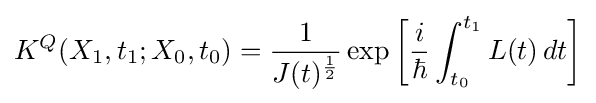
K^{Q}(X_{1},t_{1};X_{0},t_{0})={\frac {1}{J(t)^{\frac {1}{2}}}}\exp \left[{\frac {i}{\hbar }}\int _{t_{0}}^{t_{1}}L(t)\,dt\right]